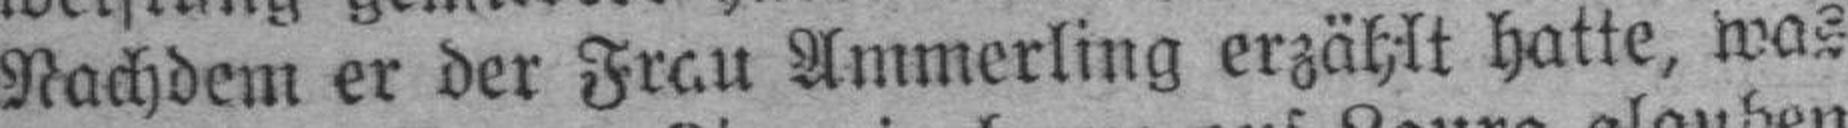
Nachdem er der Frau Ammerling erzählt hatte, was